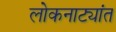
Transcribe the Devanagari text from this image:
लोकनाट्यांत